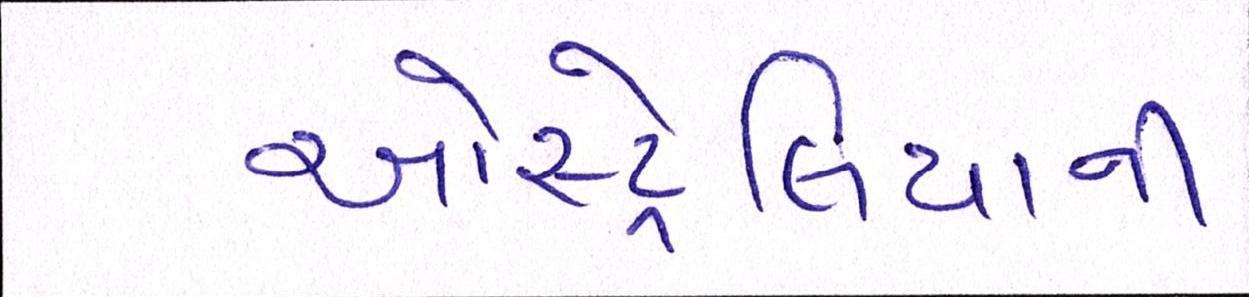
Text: ઓસ્ટ્રેલિયાની